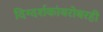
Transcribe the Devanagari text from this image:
दिग्दर्शकांबरोबरही